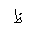
Letter: _za